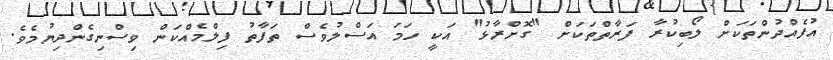
އުފެއްދުންތަކަށް ލޯބިކުރާ ފަރާތްތަކަށް "ގޮށްރާޅު" އަކީ ހަމަ އަސްލުވެސް ތަފާތު ފިލްމެއްކަން ވިސްނިގެންދިޔުމެވެ.